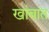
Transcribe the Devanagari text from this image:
खांबात